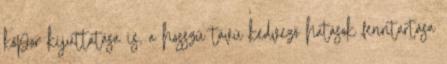
kőpor kijuttatása is, a hosszú távú kedvező hatások fenntartása